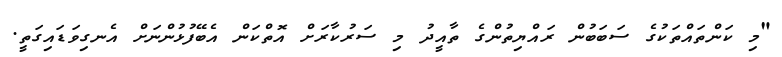
"މި ކަންތައްތަކުގެ ސަބަބުން ރައްޔިތުންގެ ތާއީދު މި ސަރުކާރަށް އޮތްކަން އެބޭފުޅުންނަށް އެނގިވަޑައިގަތީ.